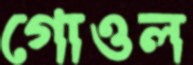
গোওল